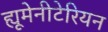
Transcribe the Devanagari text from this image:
ह्यूमेनीटेरियन